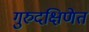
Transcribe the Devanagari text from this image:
गुरुदक्षिणेत